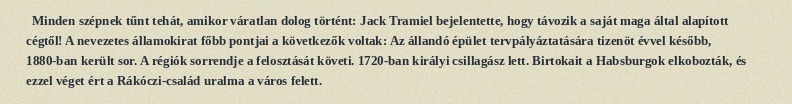
Minden szépnek tűnt tehát, amikor váratlan dolog történt: Jack Tramiel bejelentette, hogy távozik a saját maga által alapított cégtől! A nevezetes államokirat főbb pontjai a következők voltak: Az állandó épület tervpályáztatására tizenöt évvel később, 1880-ban került sor. A régiók sorrendje a felosztását követi. 1720-ban királyi csillagász lett. Birtokait a Habsburgok elkobozták, és ezzel véget ért a Rákóczi-család uralma a város felett.